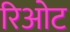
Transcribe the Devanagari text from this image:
रिओट